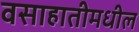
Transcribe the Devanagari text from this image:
वसाहातीमधील